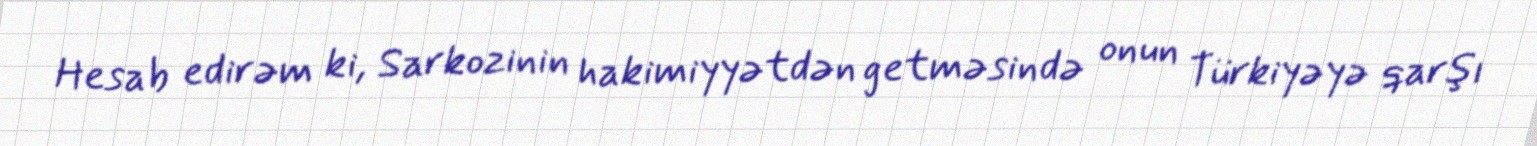
Hesab edirəm ki, Sarkozinin hakimiyyətdən getməsində onun Türkiyəyə qarşı